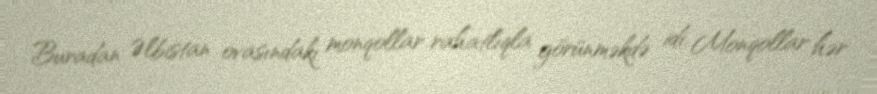
Buradan Əlbistan ovasındakı monqollar rahatlıqla görünməkdə idi. Monqollar hər